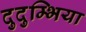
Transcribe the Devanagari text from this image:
दुदुम्भिया